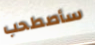
سأصطحب